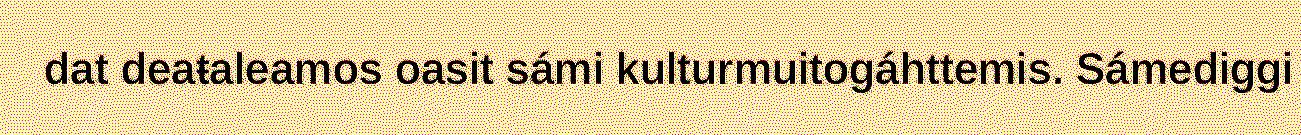
dat deaŧaleamos oasit sámi kulturmuitogáhttemis. Sámediggi